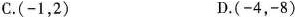
C.(-1，2) D.(-4，-8)